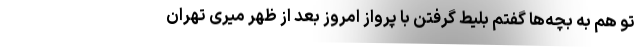
تو هم به بچه‌ها گفتم بلیط گرفتن با پرواز امروز بعد از ظهر میری تهران